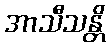
အာသီသန္တိ